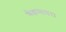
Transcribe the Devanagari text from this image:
मैकमायरा